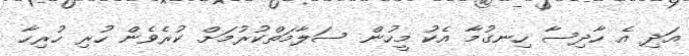
އަދި އެ ހާދިސާ ހިނގުމާ އެކު މީހުން ސަލާމަތްކުރުމަށް ކުރެވެން ހުރި ހުރިހާ